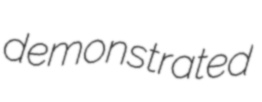
demonstrated